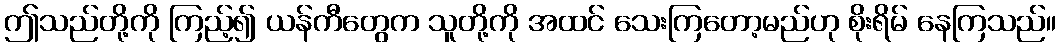
ဤသည်တို့ကို ကြည့်၍ ယန်ကီတွေက သူတို့ကို အထင် သေးကြတော့မည်ဟု စိုးရိမ် နေကြသည်။